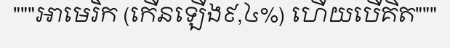
"""អាមេរិក (កើនឡើង៩,៤%) ហើយបើគិត"""